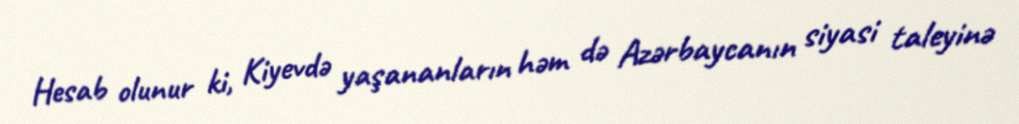
Hesab olunur ki, Kiyevdə yaşananların həm də Azərbaycanın siyasi taleyinə